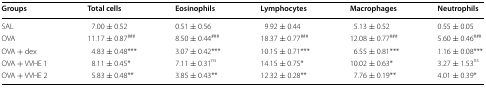
| Groups | Total cells | Eosinophils | Lymphocytes | Macrophages | Neutrophils |
 | --- | --- | --- | --- | --- | --- |
 | SAL | 7.00 ± 0.52 | 0.51 ± 0.56 | 9.92 ± 0.44 | 5.13 ± 0.52 | 0.55 ± 0.05 |
 | OVA | 11.17 ± 0.87### | 8.50 ± 0.44### | 18.37 ± 0.77### | 12.08 ± 0.77### | 5.60 ± 0.46### |
 | OVA + dex | 4.83 ± 0.48*** | 3.07 ± 0.42*** | 10.15 ± 0.71*** | 6.55 ± 0.81*** | 1.16 ± 0.08*** |
 | OVA + VVHE 1 | 8.11 ± 0.45* | 7.11 ± 0.31ns | 14.15 ± 0.75* | 10.02 ± 0.63* | 3.27 ± 1.53ns |
 | OVA + VVHE 2 | 5.83 ± 0.48** | 3.85 ± 0.43** | 12.32 ± 0.28** | 7.76 ± 0.19** | 4.01 ± 0.39* |